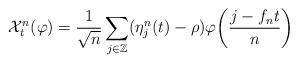
LaTeX: \begin{align*}\mathcal{X}^{ n }_t (\varphi ) = \frac{1}{ \sqrt{n } } \sum_{ j \in \mathbb{Z} } ( \eta^{ n }_j (t ) - \rho ) \varphi \bigg( \frac{ j - f_n t }{ n } \bigg) \end{align*}